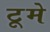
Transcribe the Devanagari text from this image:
टूमे